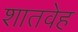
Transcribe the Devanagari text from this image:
शातवेह